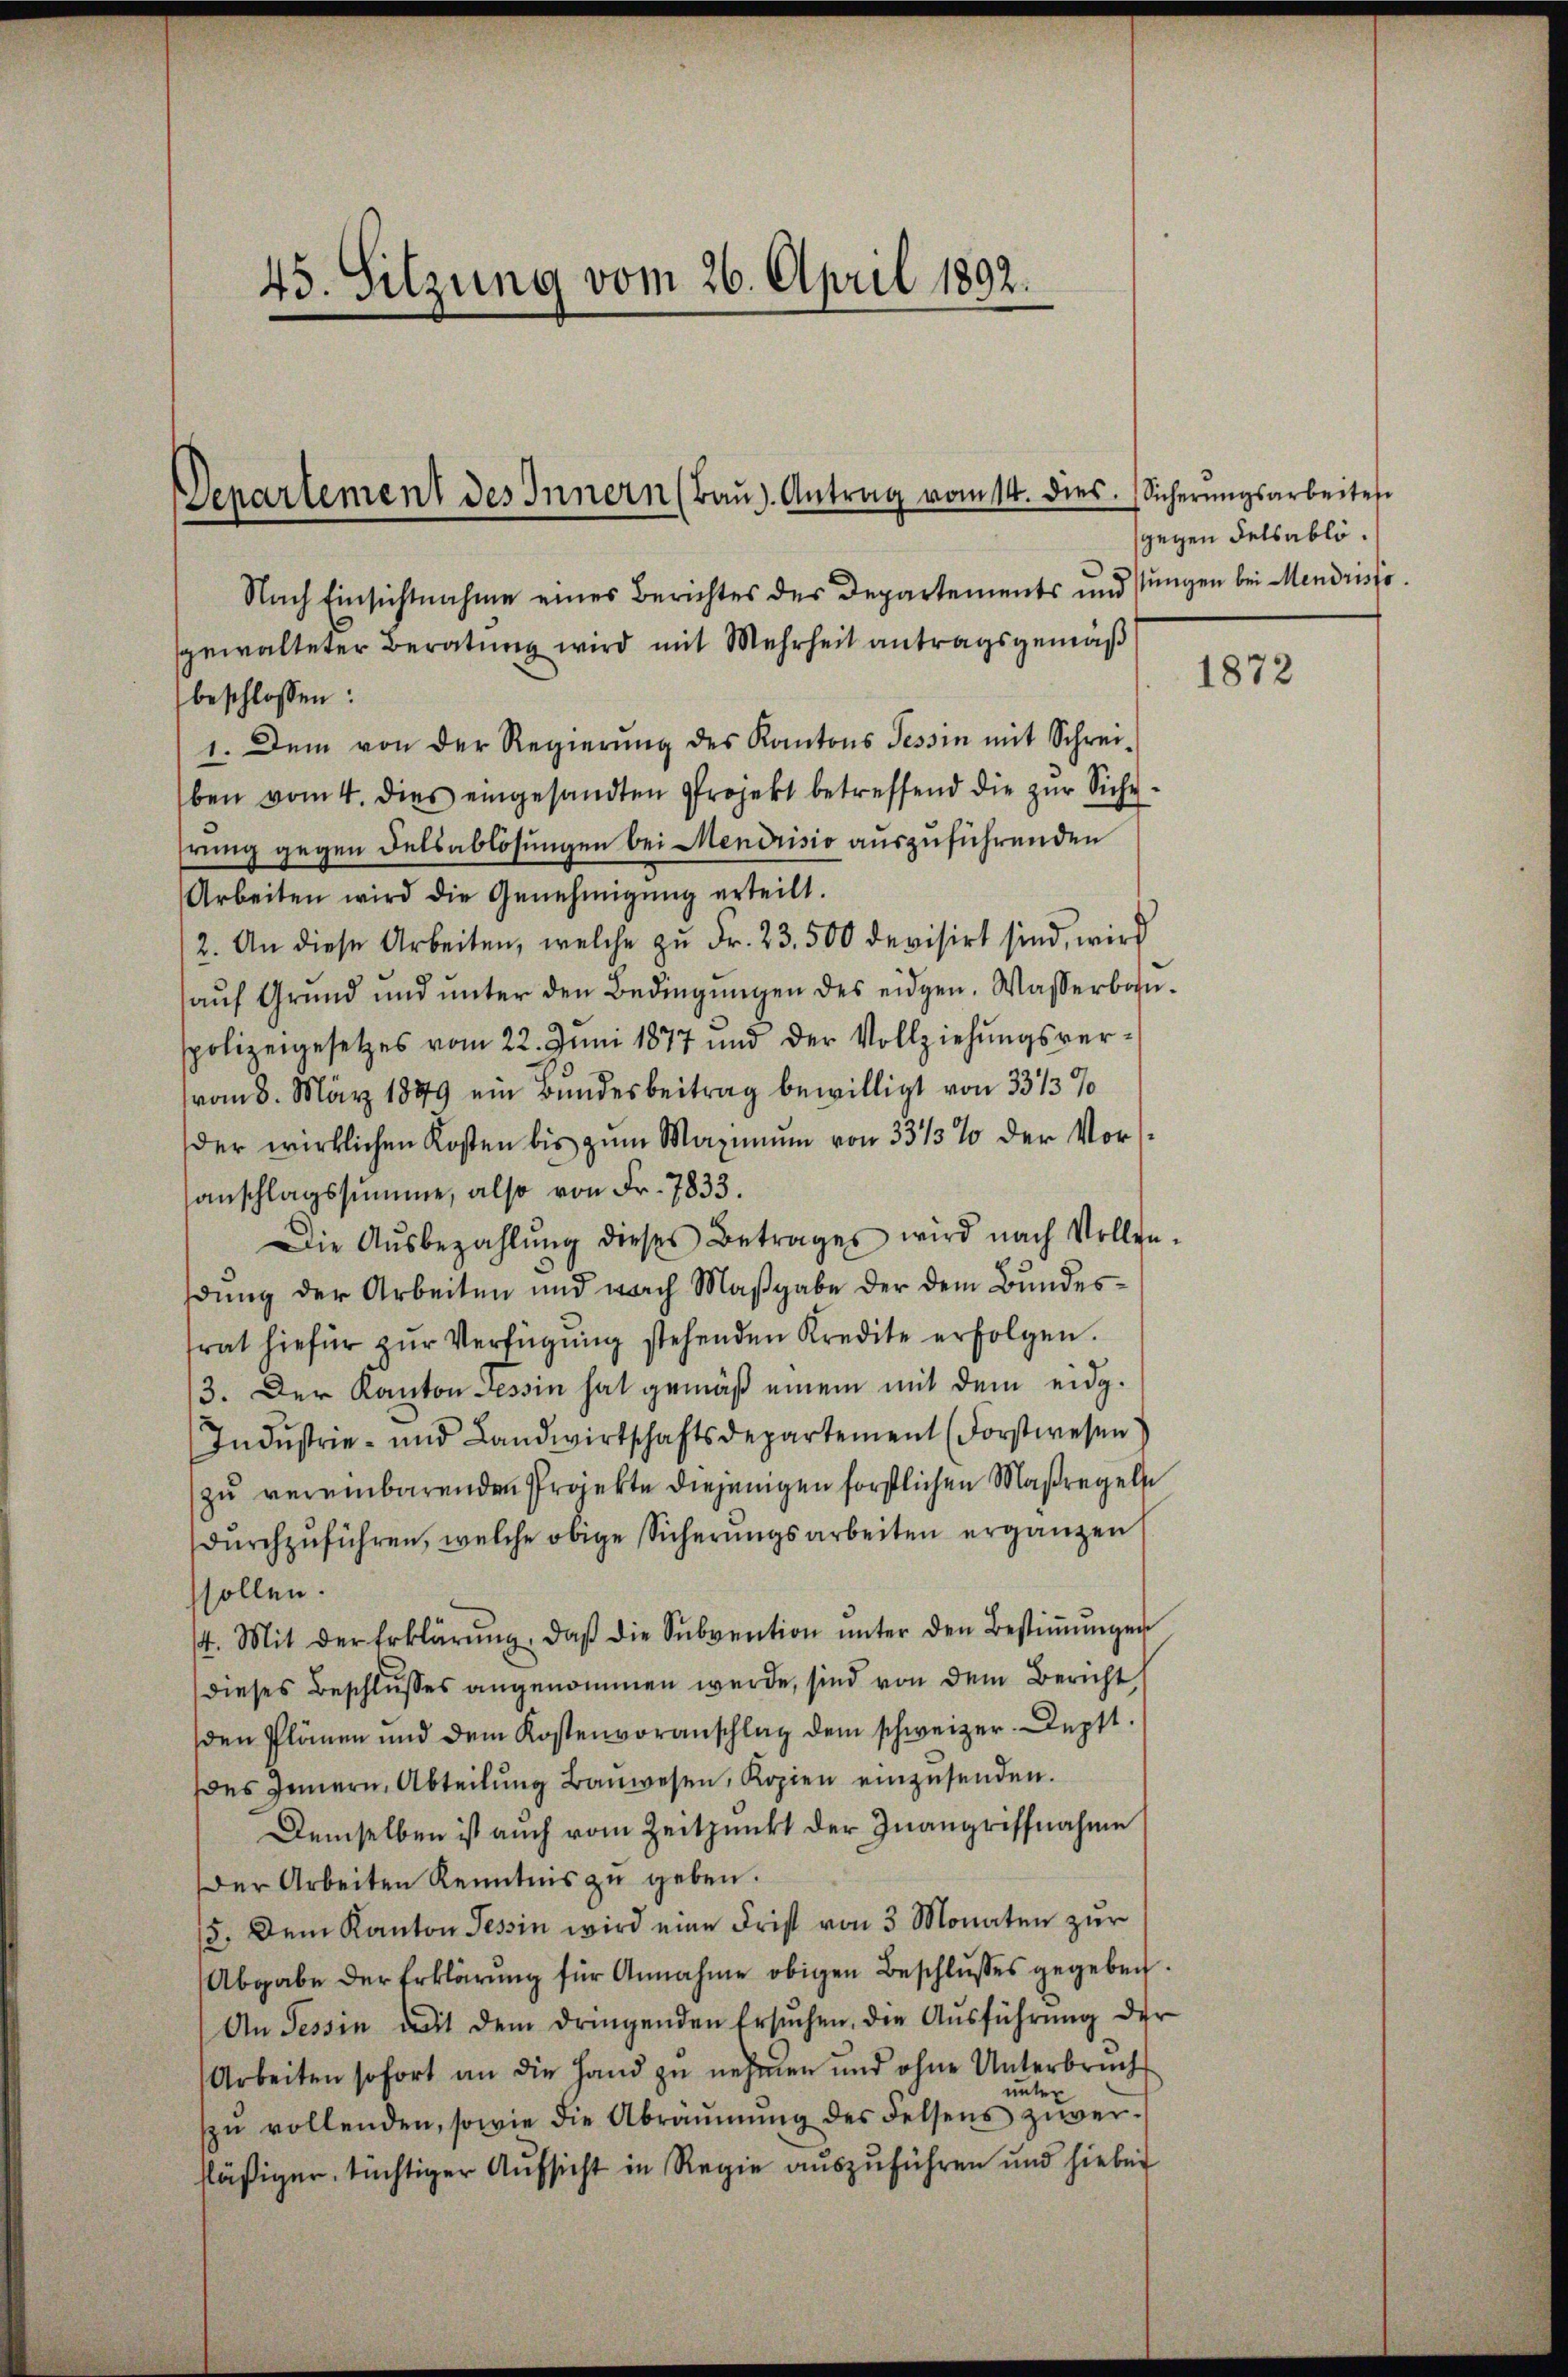
45. Sitzung vom 26. April 1892.

Departement des Innern (Bau). Antrag vom 14. dies.

Nach Einsichtnahme eines Berichtes des Departements und stungen bei Mendristo
sgewalteter Beratung wird mit Mehrheit antragsgemäß
beschlossen:
1. Dem von der Regierŭng des Kantons Tessin mit Schrei-
ben vom 4. dies eingesandten Projekt betreffend die zŭr Siche
hrung gegen Felsablösungen bei Mendrisio auszuführenden
Arbeiten wird die Genehmigŭng erteilt.
2. An diese Arbeiten, welche zŭ Fr. 23. 500 devisirt sind, wird
auf Grund und unter den Bedingungen des eidgen. Wasserbauspolizeigesetzes vom 22. Juni 1877 und der Vollziehŭngsver-
vom 8. März 1889 ein Bundesbeitrag bewilligt von 33/3%
der wirklichen Kosten bis zum Maximum von 33/3% der Voranschlagssumme, also von Fr. 7833.
Die Aŭsbezahlŭng dieses Betrages wird nach Vollen-
dung der Arbeiten und nach Maßgabe der dem Bundestrat hiefür zŭr Verfügŭng stehenden Kredite erfolgen.
/3. Der Kanton Tessin hat gemäß einem mit dem eidg.
Indŭstrie- und Landwirtschaftsdepartement (Forstwesen
zu vereinbarenden Projekte diejenigen förstlichen Maßregeln
durchzuführen, welche obige Sicherungsarbeiten ergänzen
sollen.
4. Mit der Erklärŭng, daβ die Sŭbvention ŭnter den Bestiṁŭngen
dieses Beschlusses angenommen werde, sind von dem Bericht,
den Plänen und dem Kostenvoranschlag dem schweizer. Deptt.
des Innern, Abteilŭng Baŭwesen, Kopien einzusenden.
Demselben ist auch vom Zeitpunkt der Inangriffnahme
Der Arbeiten Kenntnis zu geben.
15. Dem Kanton Tessin wird eine Frist von 3 Monaten zur
Abgabe der Erklärŭng für Annahme obigen Beschlŭsses gegeben.
An Tessin mit dem dringenden Ersŭchen, die Aŭsführŭng der
Arbeiten sofort an die Hand zu nehmen und ohne Unterbruch
den
ŭ vollenden, sowie die Abräŭmŭng des Felsens zuver-
fläßiger, tüchtiger Aufsicht in Regie auszuführen und hiebei

Sicherungsarbeiten
gegen Felsabli.

1872